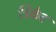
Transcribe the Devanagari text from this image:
ट्रिंकेट